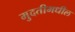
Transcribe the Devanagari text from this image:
मुदतीमधील